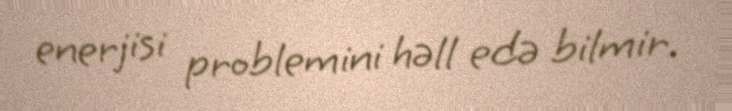
enerjisi problemini həll edə bilmir.